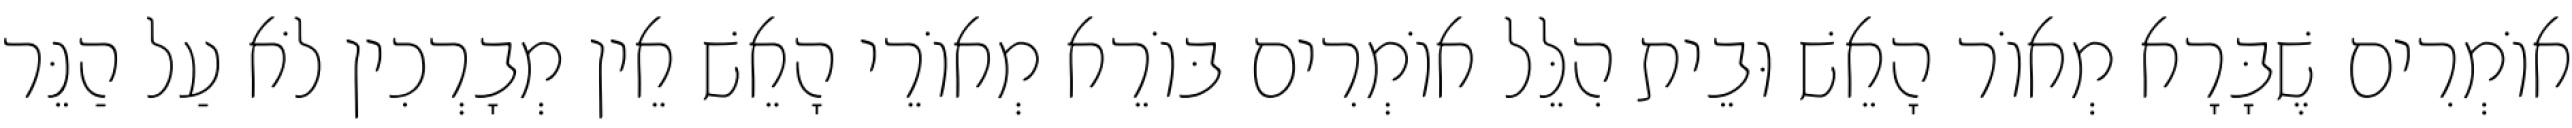
אוֹמְרִים שֶׁבָּרָא מְאוֹר הָאֵשׁ וּבֵית הִלֵּל אוֹמְרִים בּוֹרֵא מְאוֹרֵי הָאֵשׁ אֵין מְבָרְכִין לֹא עַל הַנֵּר